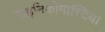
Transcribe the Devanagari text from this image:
गाइनिकोमास्टिया